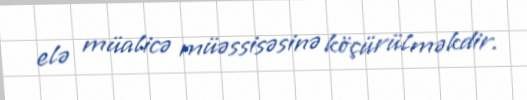
elə müalicə müəssisəsinə köçürülməkdir.